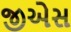
જીએસ